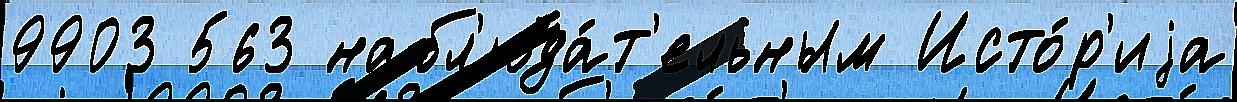
9903 563 набл'юда́т'ельным Исто́р'иjа